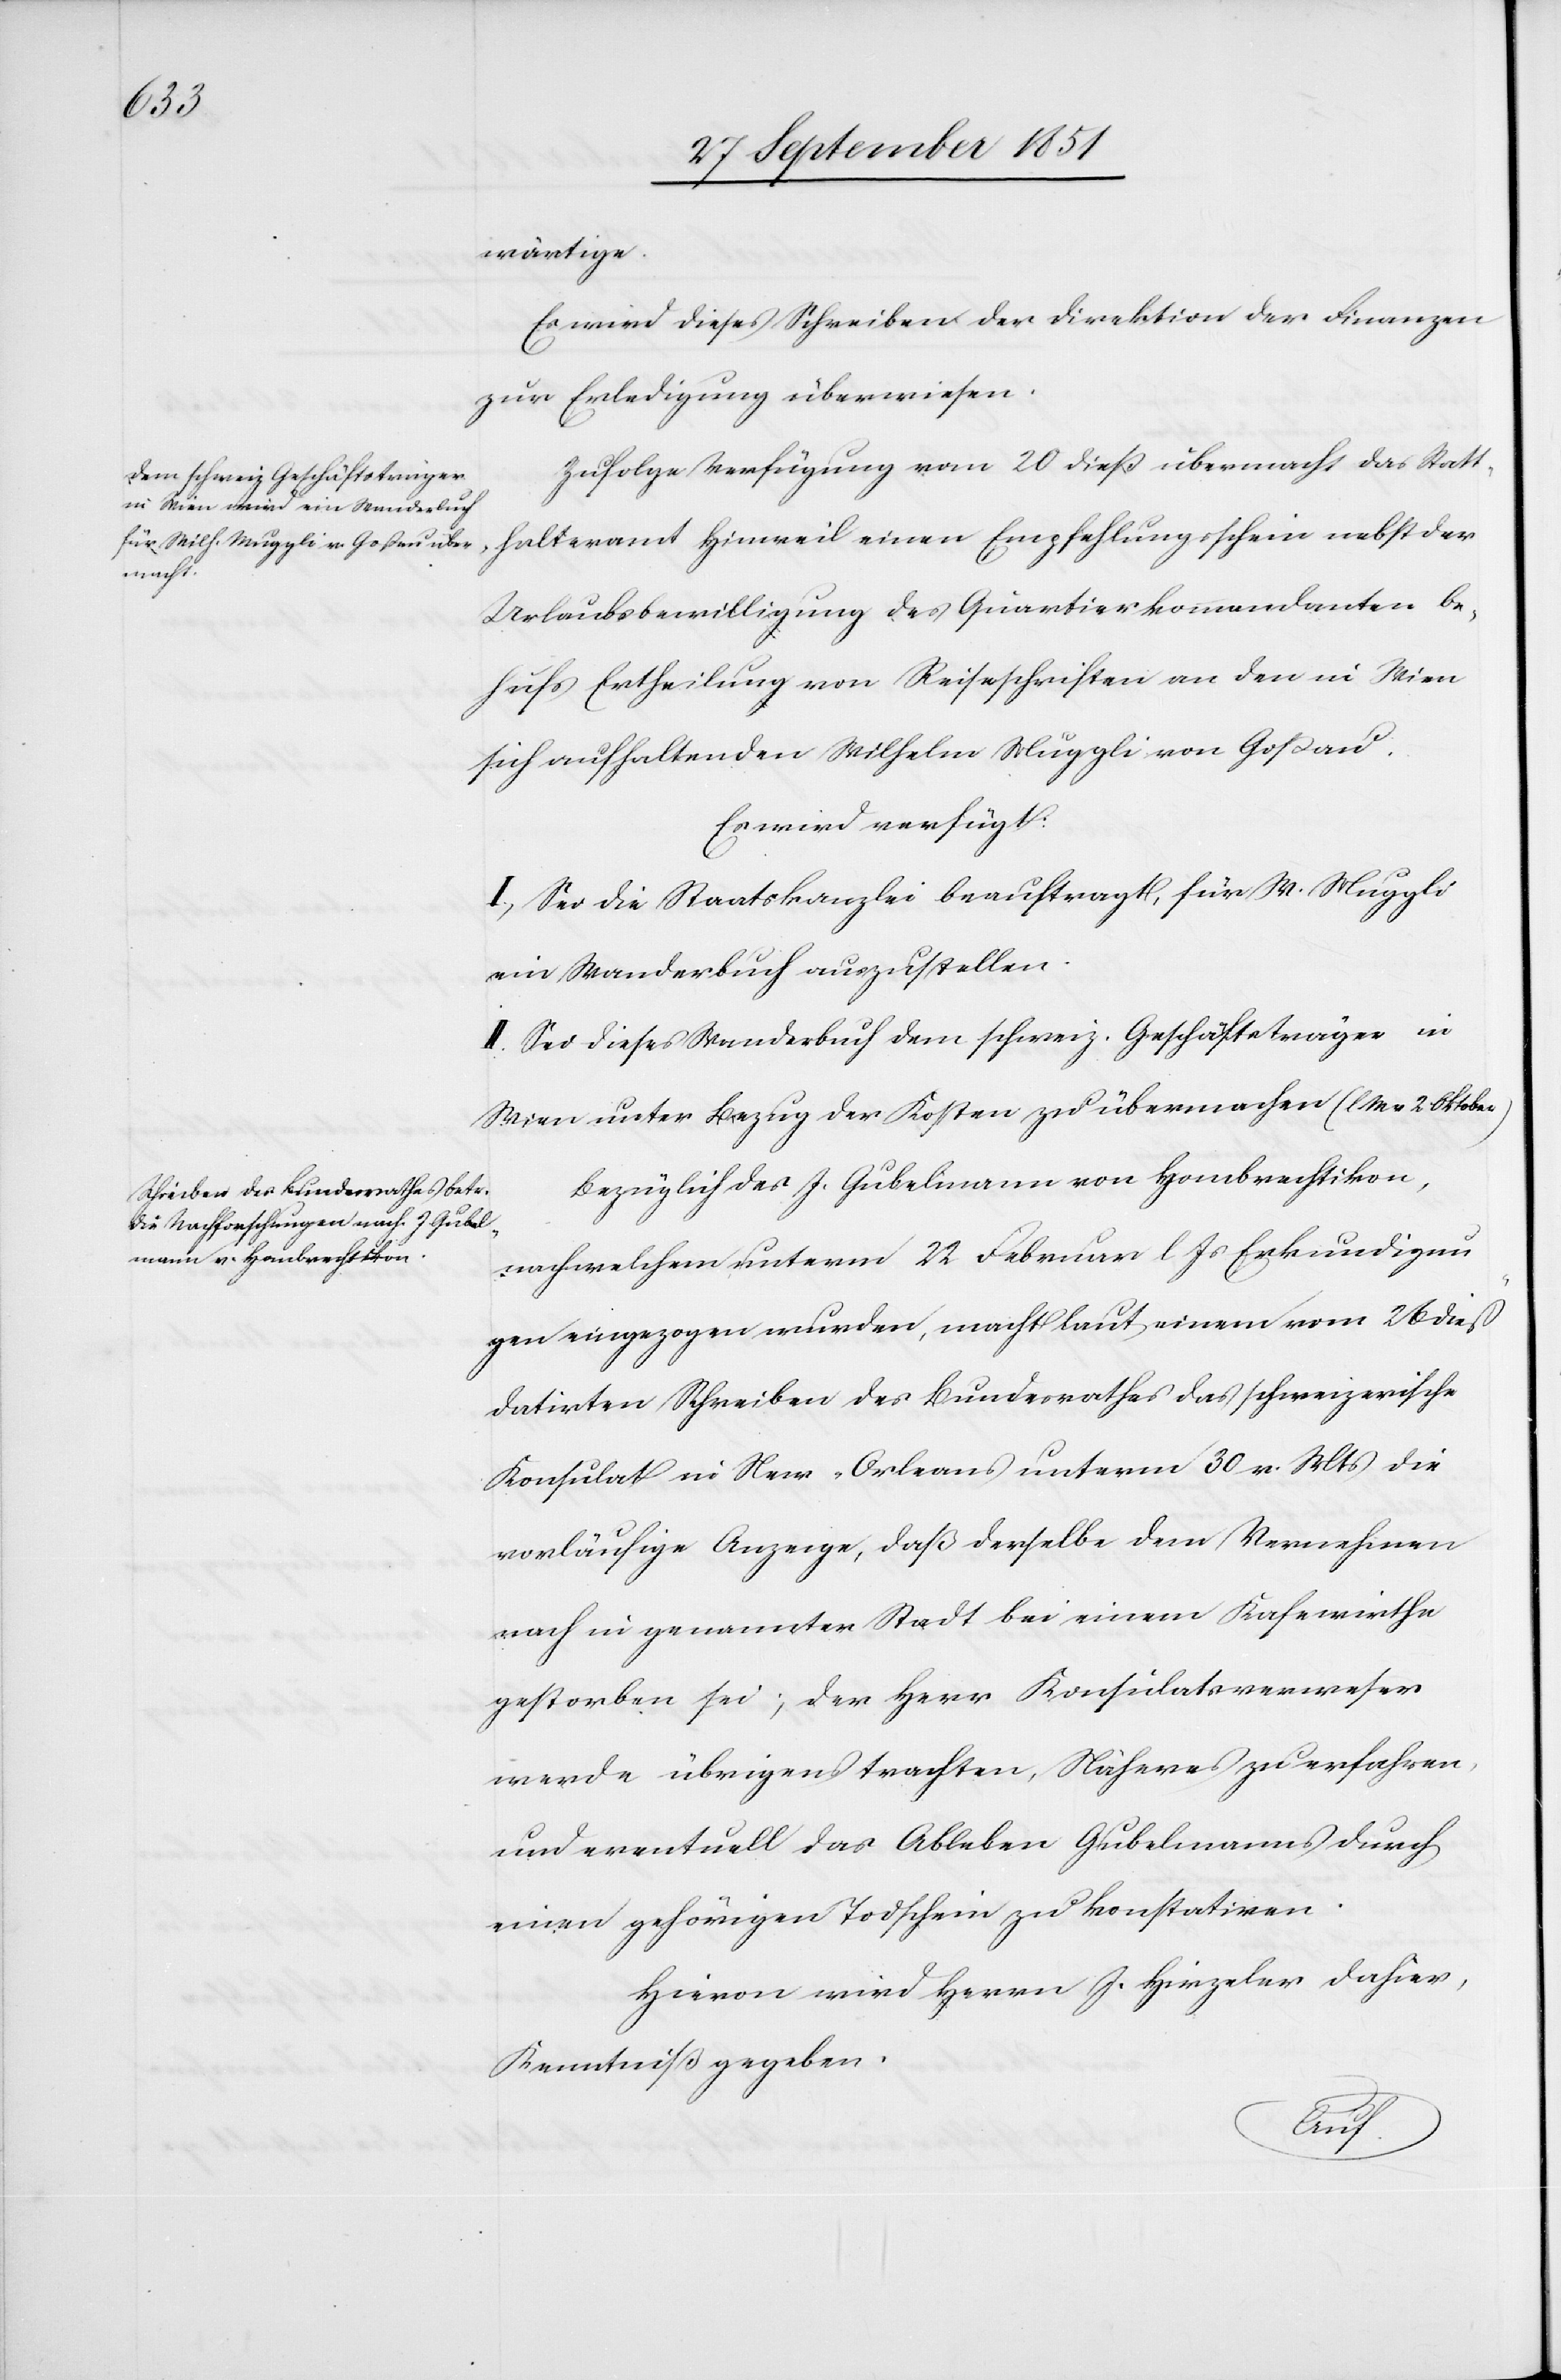
30 September 1851.]
wärtige.
Es wird dieses Schreiben der Direktion der Finanzen
zur Erledigung überwiesen.
Zufolge Verfügung vom 20 dieß übermacht das Statt¬
halteramt Hinweil einen Empfehlungsschein nebst der
Urlaubsbewilligung des Quartierkommandanten be¬
hufs Ertheilung von Reiseschriften an den in Wien
sich aufhaltenden Wilhelm Muggli von Goßau.
Es wird verfügt:
I., Sei die Staatskanzlei beauftragt, für W. Muggli
ein Wanderbuch auszustellen.
II. Sei dieses Wanderbuch dem schweiz. Geschäftsträger in
Wien unter Bezug der Kosten zu übermachen (l. M. v. 2. Oktober)
Bezüglich des J. Gubelmann von Hombrechtikon,
nach welchem unterm 22 Februar l Js Erkundigun¬
gen eingezogen wurden, macht laut einem vom 26 dieß
datirten Schreiben des Bundesrathes das schweizerische
Konsulat in New-Orleans unterm 30 v. Mts die
vorläufige Anzeige, daß derselbe dem Vernehmen
nach in genannter Stadt bei einem Kafewirthe
gestorben sei; der Herr Konsulatsverweser
werde übrigens trachten, Näheres zu erfahren,
und eventuell das Ableben Gubelmanns durch
einen gehörigen Todschein zu konstatiren.
Hievon wird Herrn J. Hirzeler dahier,
Kenntniß gegeben.